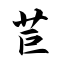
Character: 苣